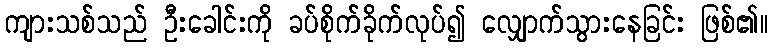
ကျားသစ်သည် ဦးခေါင်းကို ခပ်စိုက်ခိုက်လုပ်၍ လျှောက်သွားနေခြင်း ဖြစ်၏။